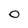
Character: 0